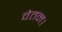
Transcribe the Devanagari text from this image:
वेतन।